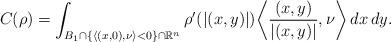
LaTeX: \begin{align*}C(\rho)=\int_{B_1\cap\{\langle (x,0),\nu\rangle<0\}\cap\mathbb{R}^n}\rho'(|(x,y)|)\bigg\langle\frac{(x,y)}{|(x,y)|},\nu\bigg\rangle\,dx\,dy.\end{align*}